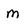
Character: m